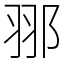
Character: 䣁